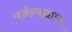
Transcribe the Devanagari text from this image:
पर्जन्यछाया